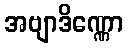
အဗျာဒိဏ္ဏော